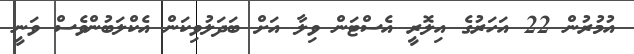
އުމުރުން 22 އަހަރުގެ އިލޮރީ އެސްޓަން ވިލާ އަށް ބަދަލުވިކަން އެކްލަބުންވެސް ވަނީ